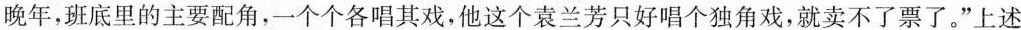
晚年，班底里的主要配角，一个个各唱其戏，他这个袁兰芳只好唱个独角戏，就卖不了票了。”上述